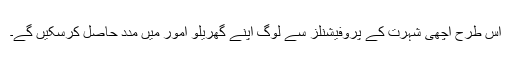
اس طرح اچھی شہرت کے پروفیشنلز سے لوگ اپنے گھریلو امور میں مدد حاصل کرسکیں گے۔